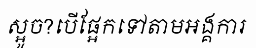
ស្អូច?បើផ្អែកទៅតាមអង្គការ